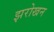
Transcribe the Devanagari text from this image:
झरोखन